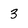
Character: 3